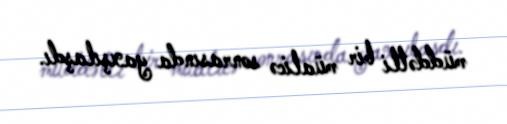
müddətli bir müalicə sonrasında yaxşılaşdı.